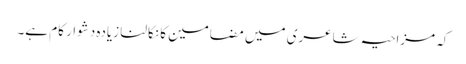
کہ مزاحیہ شاعری میں مضامین کا نکالنا زیادہ دشوار کام ہے۔